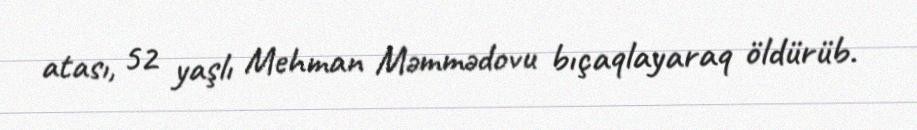
atası, 52 yaşlı Mehman Məmmədovu bıçaqlayaraq öldürüb.